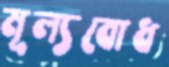
মূল্যবোধ